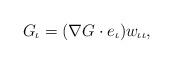
LaTeX: \begin{align*}G_{\iota}=(\nabla G\cdot e_{\iota})w_{\iota\iota},\end{align*}